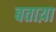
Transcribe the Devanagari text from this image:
बताय़ा